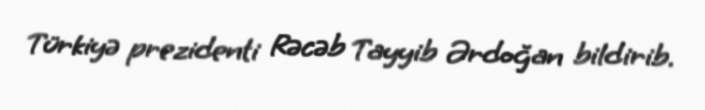
Türkiyə prezidenti Rəcəb Tayyib Ərdoğan bildirib.